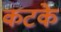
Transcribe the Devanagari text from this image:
कटके